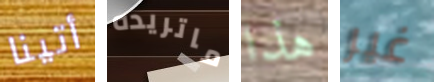
أتينا ماتريده هذا غير